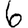
Digit: 6